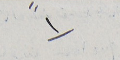
١"